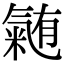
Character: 𭯴